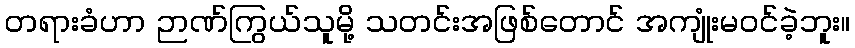
တရားခံဟာ ဉာဏ်ကြွယ်သူမို့ သတင်းအဖြစ်တောင် အကျုံးမဝင်ခဲ့ဘူး။